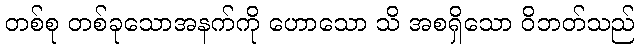
တစ်စု တစ်ခုသောအနက်ကို ဟောသော သိ အစရှိသော ဝိဘတ်သည်